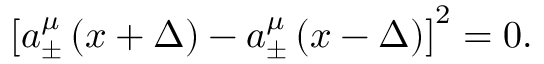
\left[ a _ { \pm } ^ { \mu } \left( x + \Delta \right) - a _ { \pm } ^ { \mu } \left( x - \Delta \right) \right] ^ { 2 } = 0 .